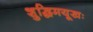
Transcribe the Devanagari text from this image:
शुद्धिमयूखः